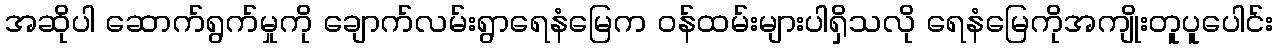
အဆိုပါ ဆောက်ရွက်မှုကို ချောက်လမ်းရွာရေနံမြေက ဝန်ထမ်းများပါရှိသလို ရေနံမြေကိုအကျိုးတူပူပေါင်း